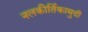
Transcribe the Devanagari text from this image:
नलकीर्तिकामुदी